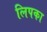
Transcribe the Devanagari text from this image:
लिपका